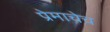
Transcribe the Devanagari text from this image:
प्रेमाचेच